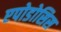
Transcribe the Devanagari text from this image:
एपोडोसिस